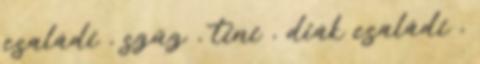
családi , szűz , tini , diák családi ,